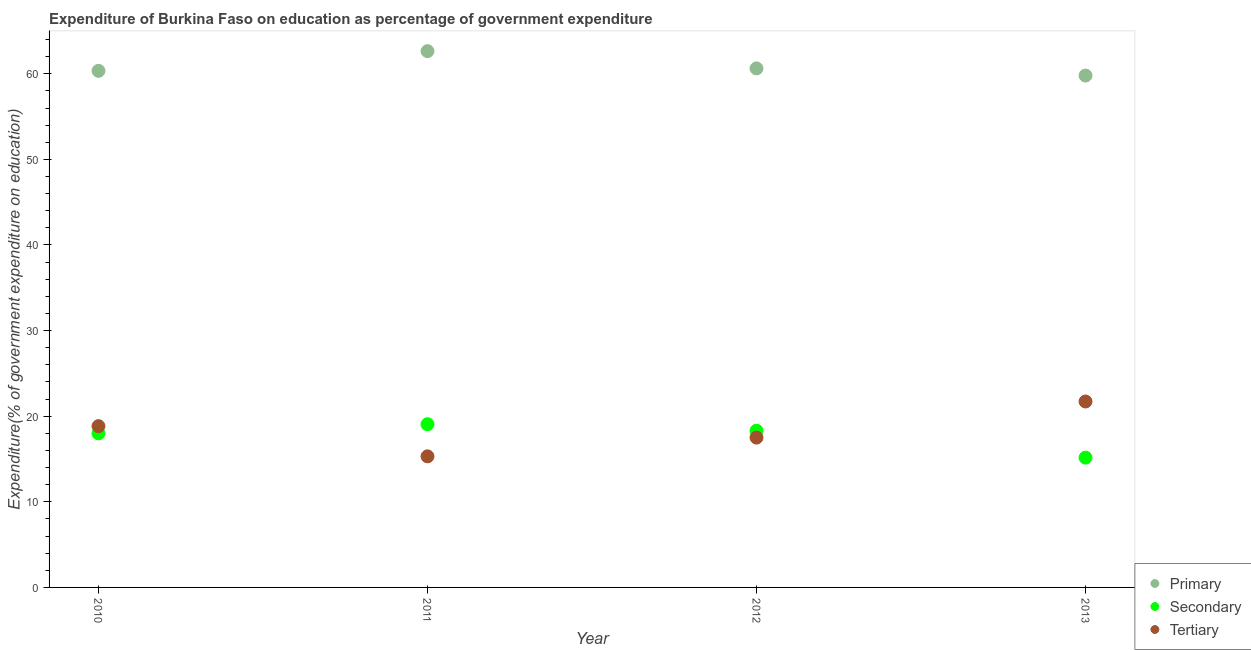
| Year | Primary | Secondary | Tertiary |
 | --- | --- | --- | --- |
 | 2010 | 60.3 | 18 | 18.8 |
 | 2011 | 62.6 | 19.1 | 15.3 |
 | 2012 | 60.6 | 18.3 | 17.5 |
 | 2013 | 59.8 | 15.2 | 21.7 |